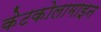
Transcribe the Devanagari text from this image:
केटकोलामाइन